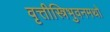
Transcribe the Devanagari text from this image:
वृत्तीस्त्रिभुवनमथो